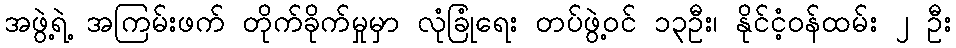
အဖွဲ့ရဲ့ အကြမ်းဖက် တိုက်ခိုက်မှုမှာ လုံခြုံရေး တပ်ဖွဲ့ဝင် ၁၃ဦး၊ နိုင်ငံ့ဝန်ထမ်း ၂ ဦး